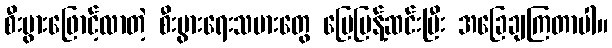
စီးပွားဖြောင့်လာတဲ့ စီးပွားရေးသမားတွေ မြေပြန့်ဆင်းပြီး အခြေချကြတာပါ။